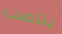
ينتصب